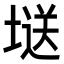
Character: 𭏘